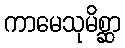
ကာမေသုမိစ္ဆာ